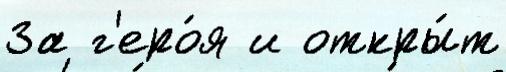
За г'еро́я и откры́т